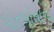
પોતપોતાની